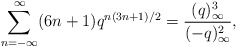
\begin{align*} \sum_{n=-\infty}^\infty (6n+1)q^{n(3n+1)/2} = \frac{(q)_\infty^3}{(-q)_\infty^2},\end{align*}